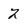
Character: 2